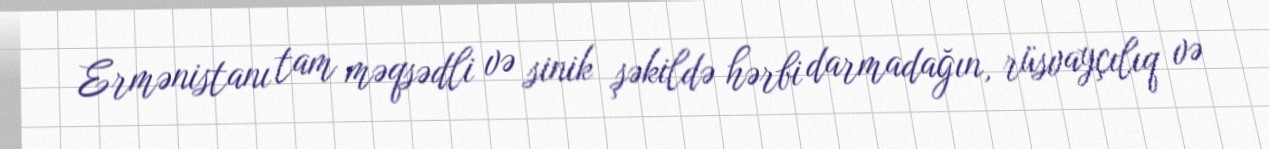
Ermənistanı tam məqsədli və sinik şəkildə hərbi darmadağın, rüsvayçılıq və